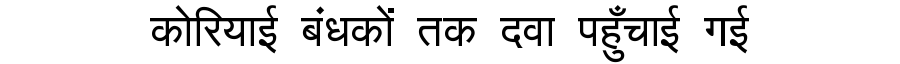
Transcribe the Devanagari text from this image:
कोरियाई बंधकों तक दवा पहुँचाई गई